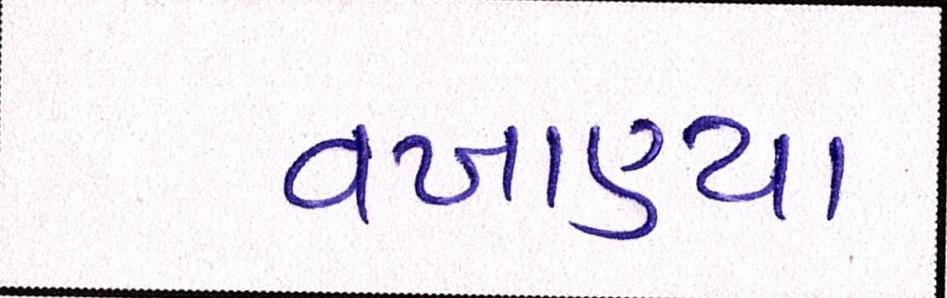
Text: વખાણ્યા